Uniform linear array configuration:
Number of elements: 12
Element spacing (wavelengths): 0.25
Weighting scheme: blackman
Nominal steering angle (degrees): -15
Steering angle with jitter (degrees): -15.622
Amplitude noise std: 0.05
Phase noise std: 0.05

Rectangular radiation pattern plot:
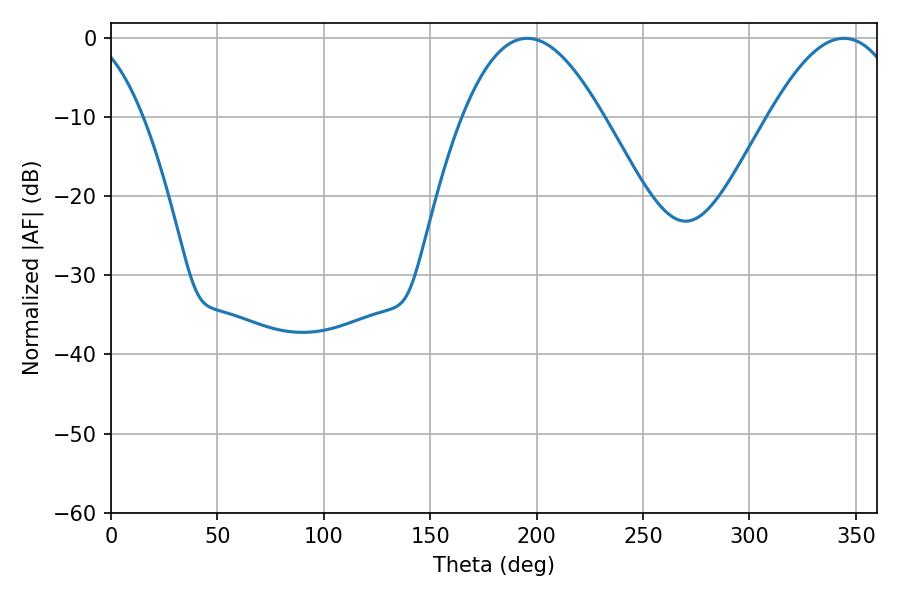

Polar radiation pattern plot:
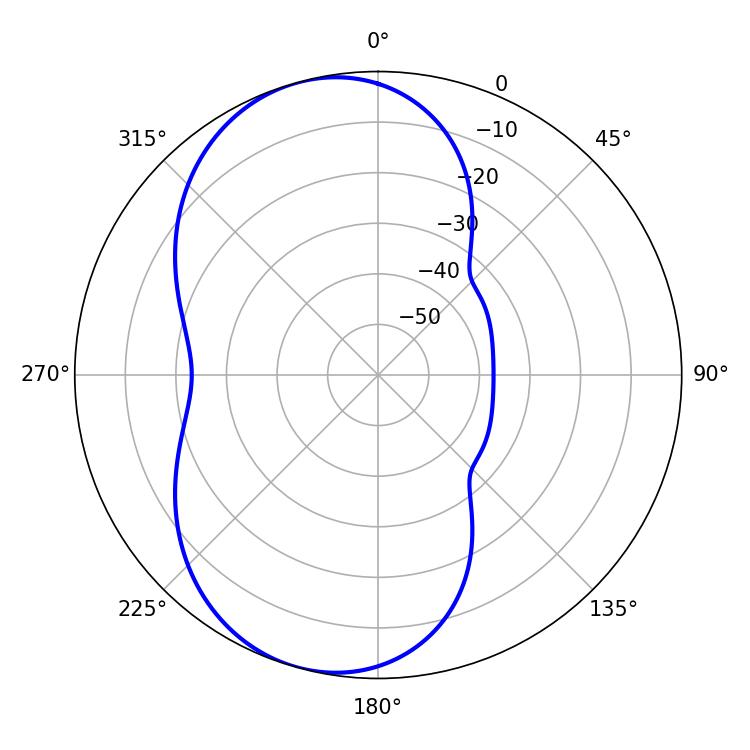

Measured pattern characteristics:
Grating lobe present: FALSE
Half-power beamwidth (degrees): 36
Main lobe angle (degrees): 195.66